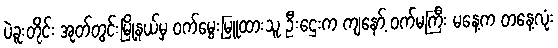
ပဲခူးတိုင်း အုတ်တွင်းမြို့နယ်မှ ဝက်မွေးမြူထားသူ ဦးဌေးက ကျနော့် ဝက်မကြီး မနေ့က တနေ့လုံး